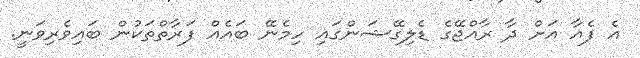
އެ ފެއާ އަށް ދާ ރާއްޖޭގެ ޑެލިގޭޝަންގައި ހިމެނޭ ބައެއް ފަރާތްތަކުން ބައިވެރިވަނީ.